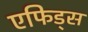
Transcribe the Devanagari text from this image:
एफिड्स